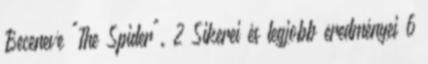
Beceneve "The Spider". 2 Sikerei és legjobb eredményei 6